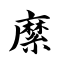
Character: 縻